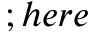
; h e r e